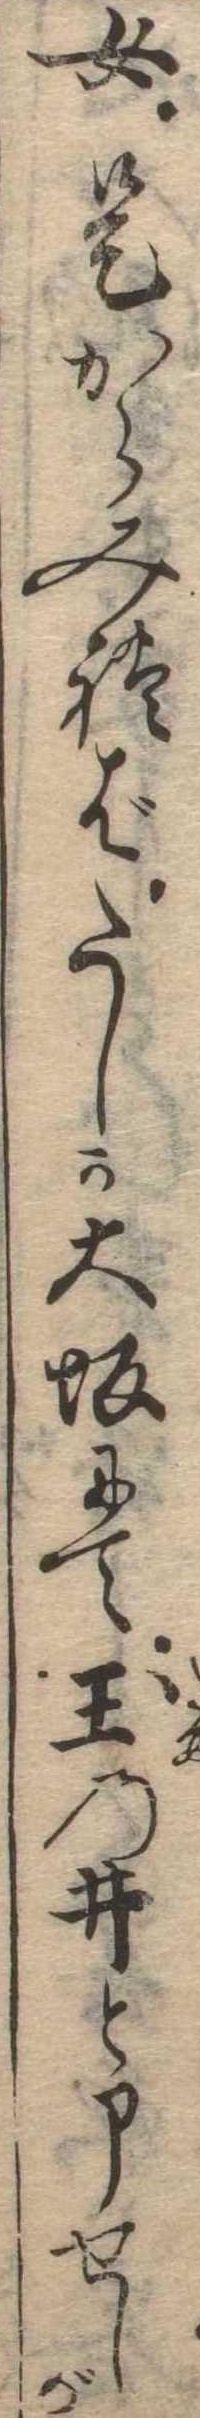
女是からみればたしか大坂にて玉の井と申せしが